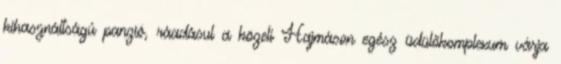
kihasználtságú panzió, ráadásul a közeli Hajmáson egész üdülőkomplexum várja